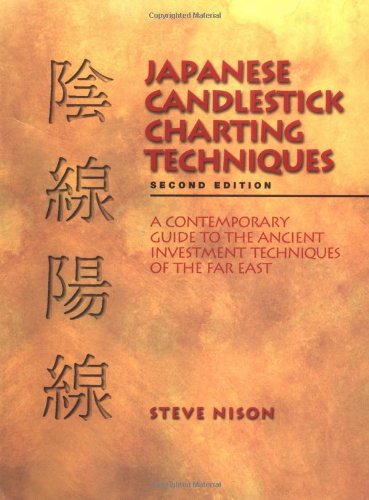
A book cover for Japanese Candlestick Charting Techniques, Second Edition; Steve Nison; Business & Money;